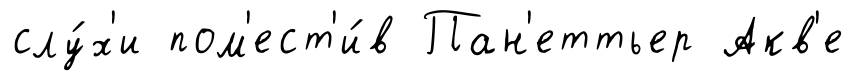
слу́х'и пом'ест'и́в Пан'еттьер Акв'е